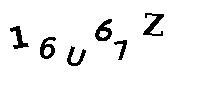
16U67Z